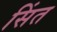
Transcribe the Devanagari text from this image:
सिंत